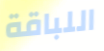
اللباقة